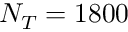
N _ { T } = 1 8 0 0